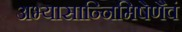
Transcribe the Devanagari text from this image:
अभ्यासान्निमिषेणैवं